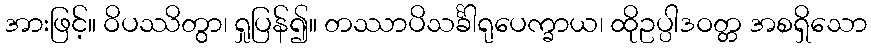
အားဖြင့်။ ဝိပဿိတွာ၊ ရှုပြန်၍။ တဿာပိသင်္ခါရုပေက္ခာယ၊ ထိုဥပ္ပါဒဝတ္တ အစရှိသော